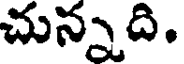
చున్నది.